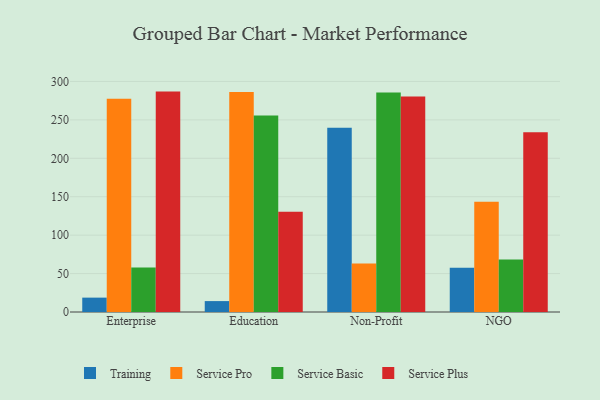
{"axis": {"x": "Segment", "y": "Churn Rate (%)"}, "legend": ["Service Basic", "Service Plus", "Service Pro", "Training"], "data": [{"x": "Enterprise", "y": 18.7, "type": "Training"}, {"x": "Enterprise", "y": 277.4, "type": "Service Pro"}, {"x": "Enterprise", "y": 57.9, "type": "Service Basic"}, {"x": "Enterprise", "y": 286.8, "type": "Service Plus"}, {"x": "Education", "y": 14.2, "type": "Training"}, {"x": "Education", "y": 286.4, "type": "Service Pro"}, {"x": "Education", "y": 255.8, "type": "Service Basic"}, {"x": "Education", "y": 130.3, "type": "Service Plus"}, {"x": "Non-Profit", "y": 239.7, "type": "Training"}, {"x": "Non-Profit", "y": 63.2, "type": "Service Pro"}, {"x": "Non-Profit", "y": 285.7, "type": "Service Basic"}, {"x": "Non-Profit", "y": 280.3, "type": "Service Plus"}, {"x": "NGO", "y": 57.6, "type": "Training"}, {"x": "NGO", "y": 143.5, "type": "Service Pro"}, {"x": "NGO", "y": 68.2, "type": "Service Basic"}, {"x": "NGO", "y": 234.0, "type": "Service Plus"}]}